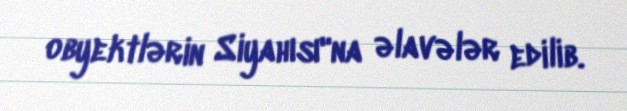
obyektlərin Siyahısı"na əlavələr edilib.